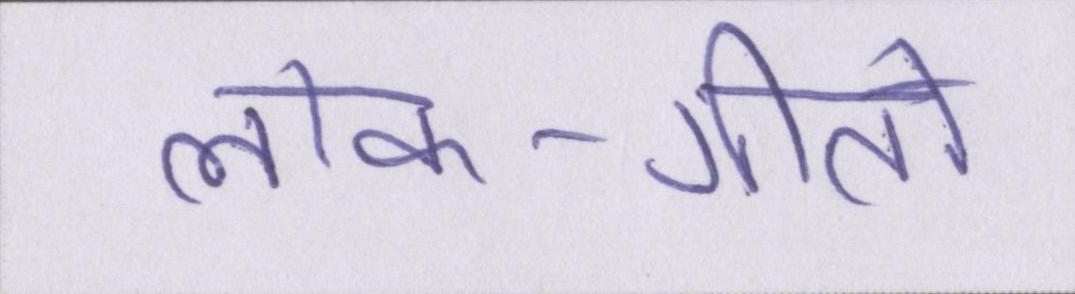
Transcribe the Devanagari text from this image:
लोक-गीतों